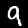
Label: 9